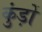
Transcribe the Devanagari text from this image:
कुंड़ों